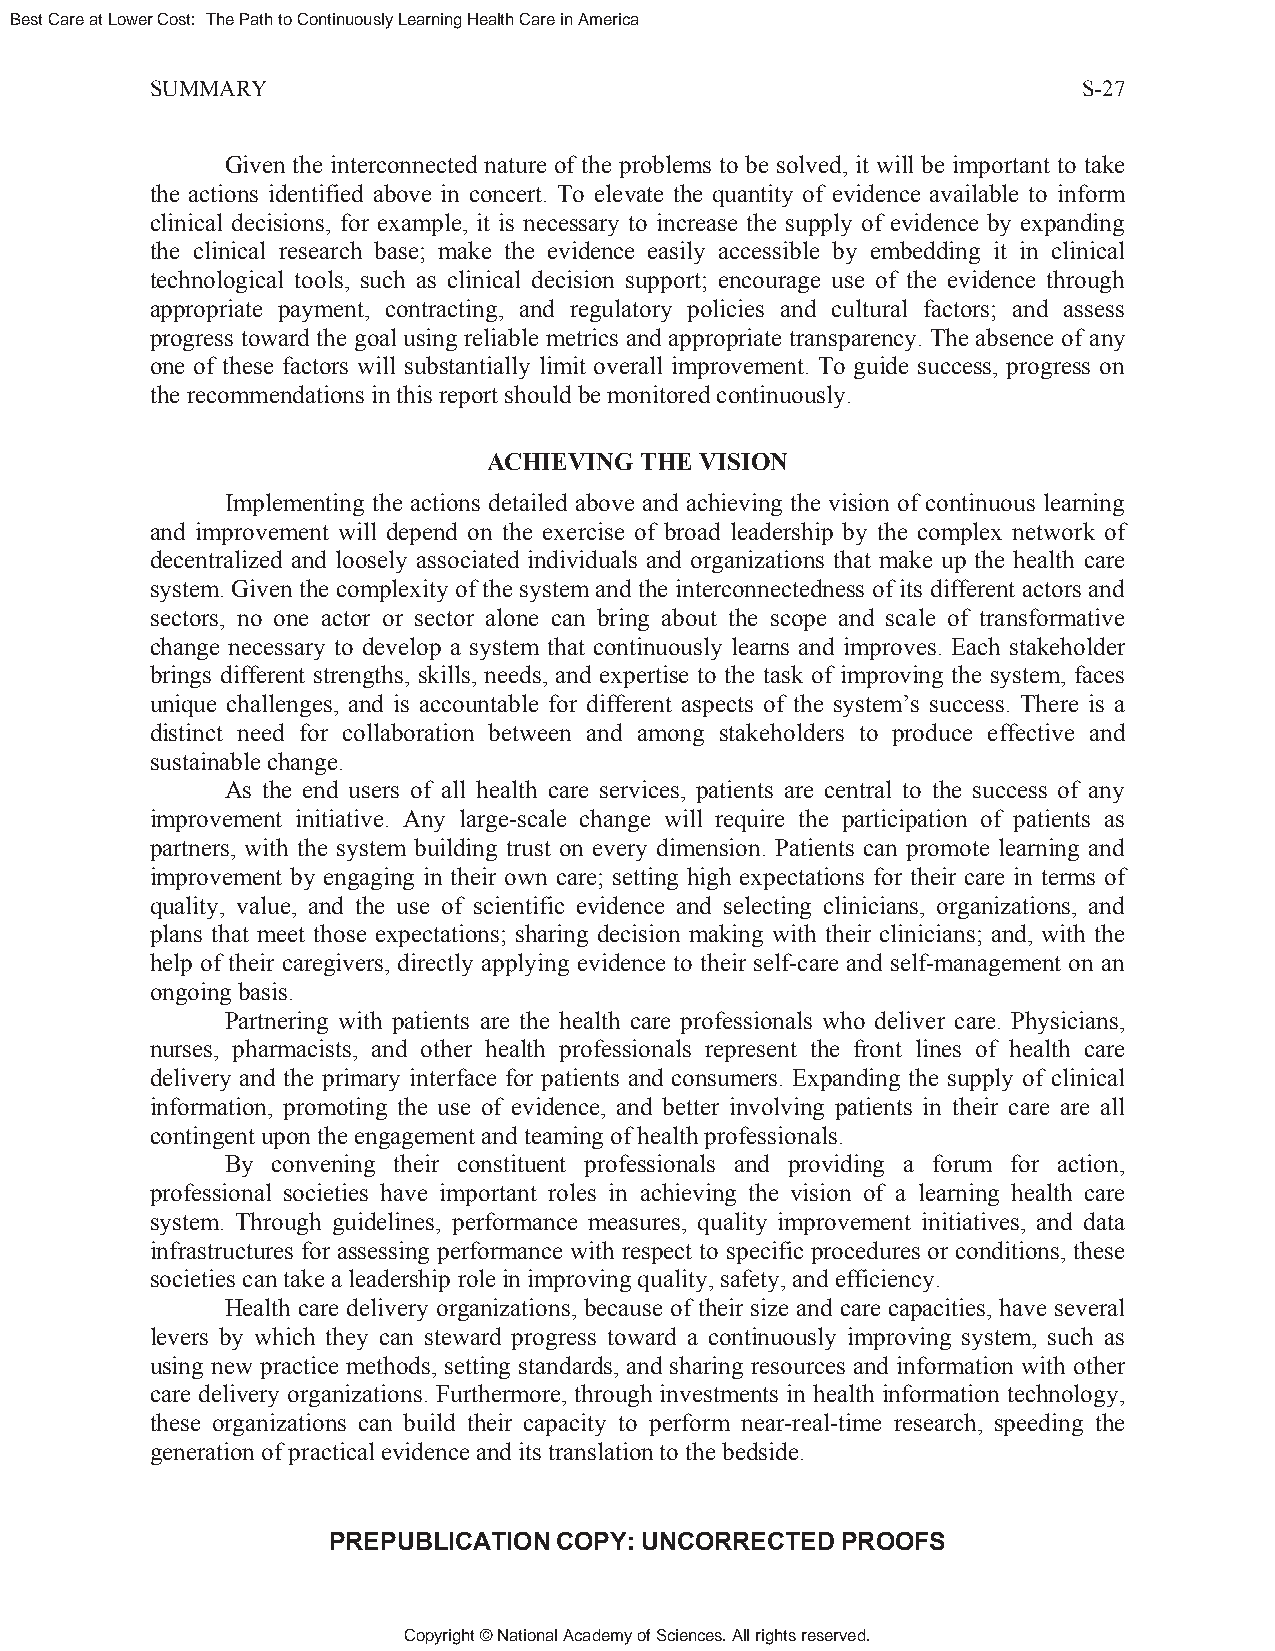
Best Care at Lower Cost: The Path to Continuously Learning Health Care in America
 SUMMARY                                                       S-27
 Given the interconnected nature of the problems to be solved, it will be important to take
 the actions identified above in concert. To elevate the quantity of evidence available to inform
 clinical decisions, for example, it is necessary to increase the supply of evidence by expanding
 the clinical research base; make the evidence easily accessible by embedding it in clinical
 technological tools, such as clinical decision support; encourage use of the evidence through
 appropriate payment, contracting, and regulatory policies and cultural factors; and assess
 progress toward the goal using reliable metrics and appropriate transparency. The absence of any
 one of these factors will substantially limit overall improvement. To guide success, progress on
 the recommendations in this report should be monitored continuously.
 ACHIEVING THE VISION
 Implementing the actions detailed above and achieving the vision of continuous learning
 and improvement will depend on the exercise of broad leadership by the complex network of
 decentralized and loosely associated individuals and organizations that make up the health care
 system. Given the complexity of the system and the interconnectedness of its different actors and
 sectors, no one actor or sector alone can bring about the scope and scale of transformative
 change necessary to develop a system that continuously learns and improves. Each stakeholder
 brings different strengths, skills, needs, and expertise to the task of improving the system, faces
 unique challenges, and is accountable for different aspects of the system’s success. There is a
 distinct need for collaboration between and among stakeholders to produce effective and
 sustainable change.
 As the end users of all health care services, patients are central to the success of any
 improvement initiative. Any large-scale change will require the participation of patients as
 partners, with the system building trust on every dimension. Patients can promote learning and
 improvement by engaging in their own care; setting high expectations for their care in terms of
 quality, value, and the use of scientific evidence and selecting clinicians, organizations, and
 plans that meet those expectations; sharing decision making with their clinicians; and, with the
 help of their caregivers, directly applying evidence to their self-care and self-management on an
 ongoing basis.
 Partnering with patients are the health care professionals who deliver care. Physicians,
 nurses, pharmacists, and other health professionals represent the front lines of health care
 delivery and the primary interface for patients and consumers. Expanding the supply of clinical
 information, promoting the use of evidence, and better involving patients in their care are all
 contingent upon the engagement and teaming of health professionals.
 By convening their constituent professionals and providing a forum for action,
 professional societies have important roles in achieving the vision of a learning health care
 system. Through guidelines, performance measures, quality improvement initiatives, and data
 infrastructures for assessing performance with respect to specific procedures or conditions, these
 societies can take a leadership role in improving quality, safety, and efficiency.
 Health care delivery organizations, because of their size and care capacities, have several
 levers by which they can steward progress toward a continuously improving system, such as
 using new practice methods, setting standards, and sharing resources and information with other
 care delivery organizations. Furthermore, through investments in health information technology,
 these organizations can build their capacity to perform near-real-time research, speeding the
 generation of practical evidence and its translation to the bedside.
 PREPUBLICATION COPY: UNCORRECTED  PROOFS
 Copyright © National Academy of Sciences. All rights reserved.